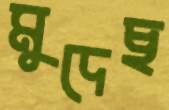
মুদেছ